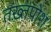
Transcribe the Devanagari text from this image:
तख़्तपोश